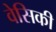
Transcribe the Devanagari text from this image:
वेसिकी